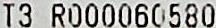
T3 R000060580